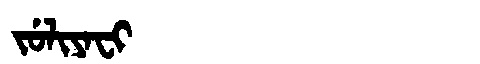
Manchu: ᠵᡠᠯᡳᠶᠠᠸᡳ
Romanization: JULIYAFI